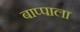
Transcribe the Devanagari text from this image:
बाप्पाला